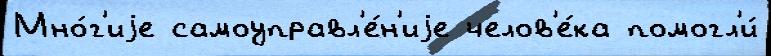
Мно́г'иjе самоуправл'е́н'иjе челов'е́ка помогл'и́